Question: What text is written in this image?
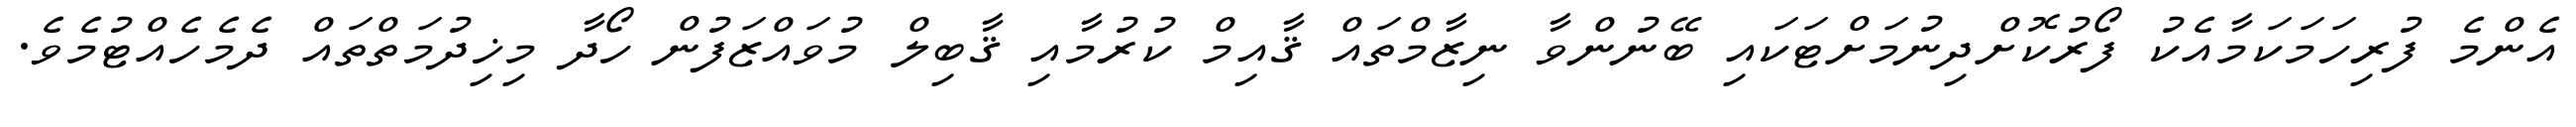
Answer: އެންމެ ފުރިހަމަކަމާއެކު ފޯރުކޮށްދިނުމަށްޓަކައި ބޭނުންވާ ނިޒާމްތައް ޤާއިމް ކުރުމާއި ޤާބިލް މުވައްޒަފުން ހޯދާ މިޚިދުމަތްތައް ދެމެހެއްޓުމެވެ.